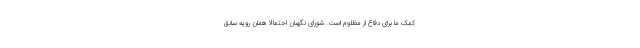
کمک ما برای دفاع از مظلوم است. شورای نگهبان احتمالا همان رویه سابق